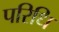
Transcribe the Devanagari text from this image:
परिधि